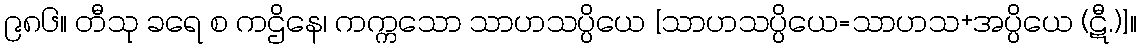
၉၈၆။ တီသု ခရေ စ ကဌိနေ၊ ကက္ကသော သာဟသပ္ပိယေ [သာဟသပ္ပိယေ=သာဟသ+အပ္ပိယေ (ဋီ.)]။